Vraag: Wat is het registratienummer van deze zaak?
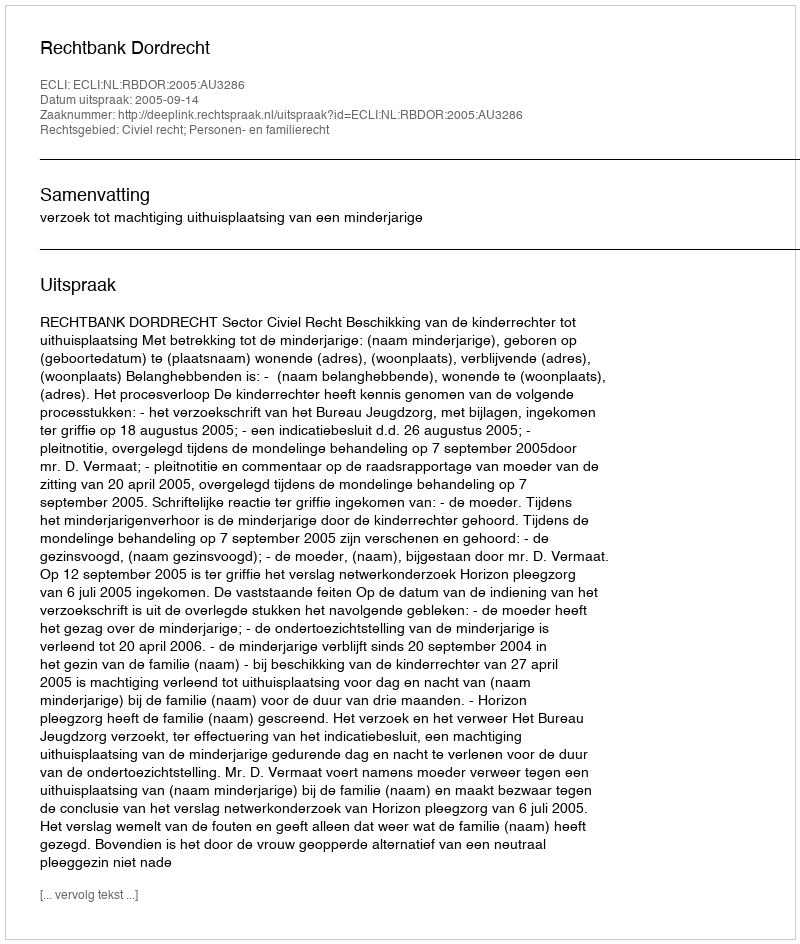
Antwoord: http://deeplink.rechtspraak.nl/uitspraak?id=ECLI:NL:RBDOR:2005:AU3286